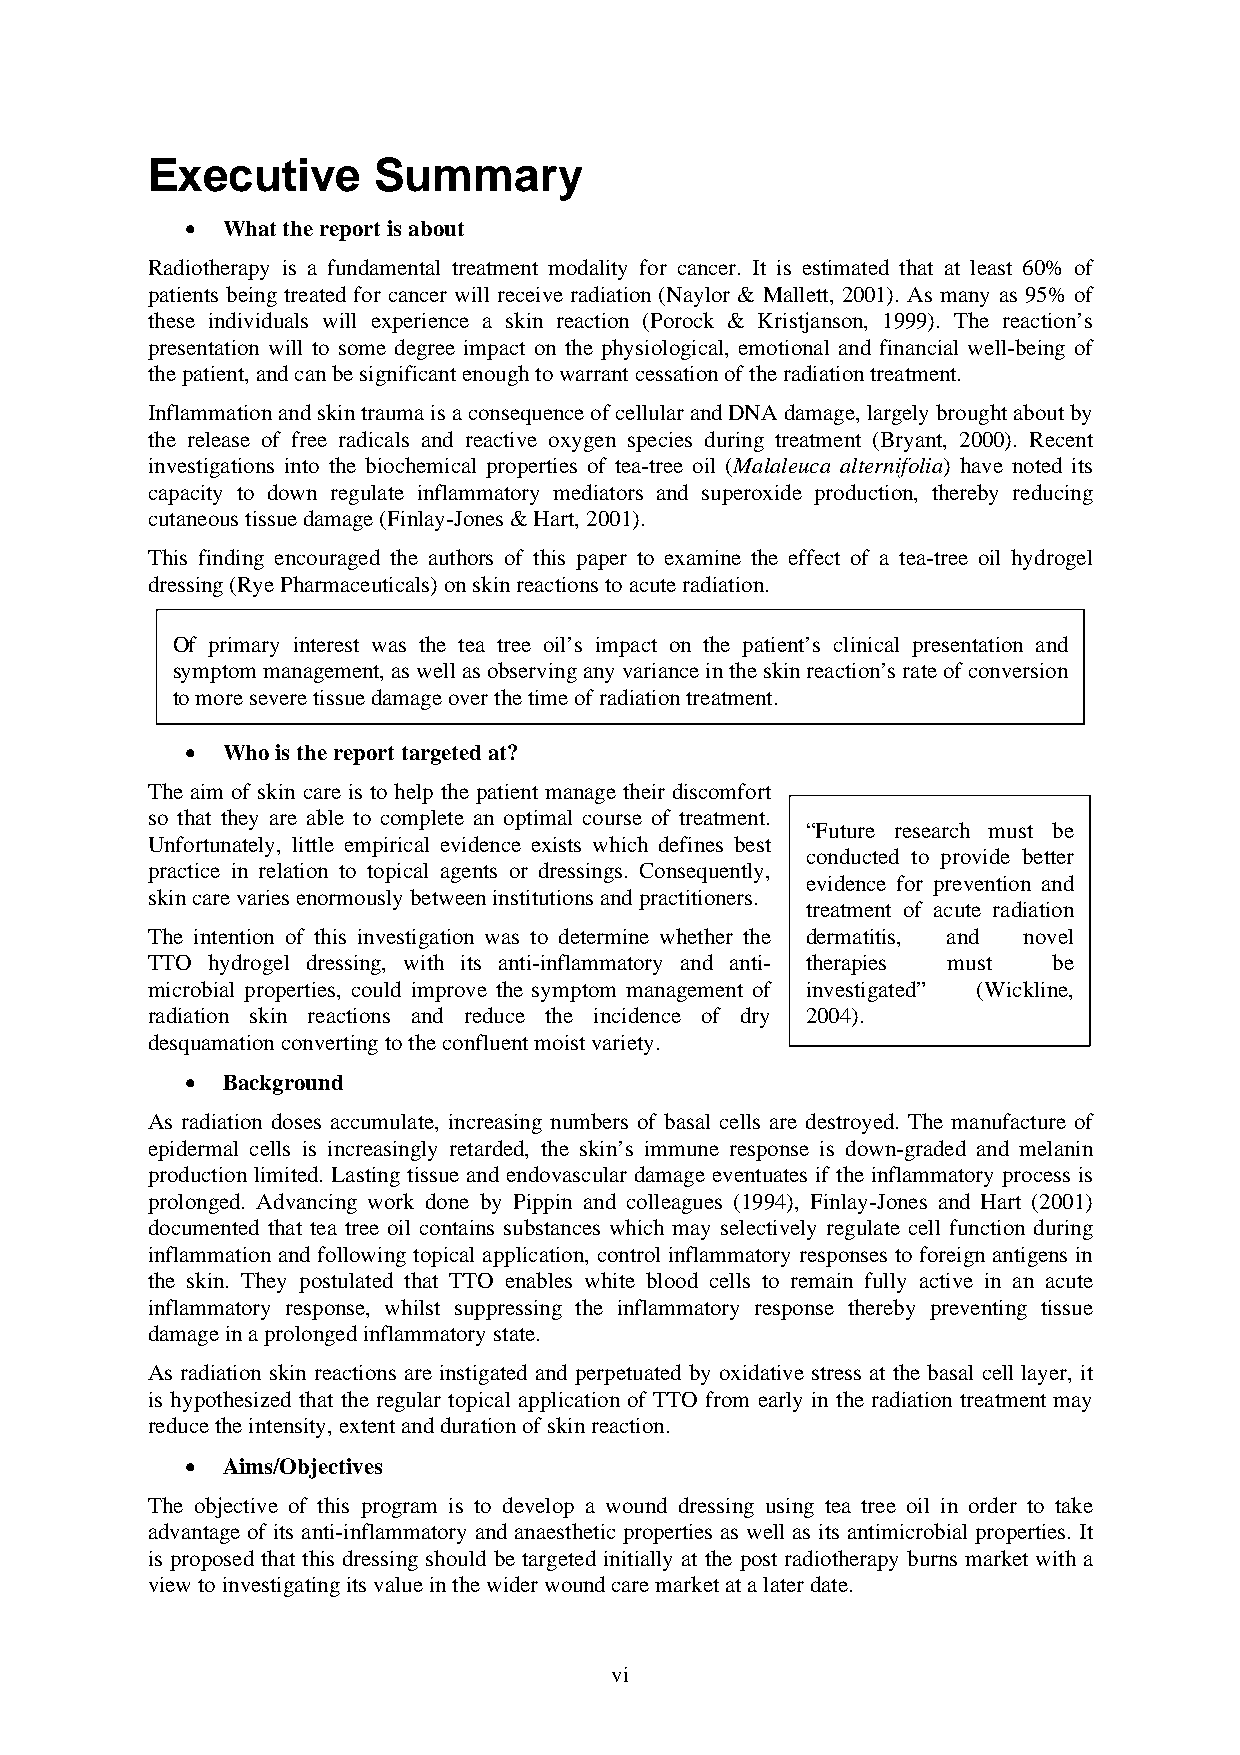
Executive      Summary
 •  What the report is about
 Radiotherapy is a fundamental treatment modality for cancer. It is estimated that at least 60% of
 patients being treated for cancer will receive radiation (Naylor & Mallett, 2001). As many as 95% of
 these individuals will experience a skin reaction (Porock & Kristjanson, 1999). The reaction’s
 presentation will to some degree impact on the physiological, emotional and financial well-being of
 the patient, and can be significant enough to warrant cessation of the radiation treatment.
 Inflammation and skin trauma is a consequence of cellular and DNA damage, largely brought about by
 the release of free radicals and reactive oxygen species during treatment (Bryant, 2000). Recent
 investigations into the biochemical properties of tea-tree oil (Malaleuca alternifolia) have noted its
 capacity to down regulate inflammatory mediators and superoxide production, thereby reducing
 cutaneous tissue damage (Finlay-Jones & Hart, 2001).
 This finding encouraged the authors of this paper to examine the effect of a tea-tree oil hydrogel
 dressing (Rye Pharmaceuticals) on skin reactions to acute radiation.
 Of primary interest was the tea tree oil’s impact on the patient’s clinical presentation and
 symptom management, as well as observing any variance in the skin reaction’s rate of conversion
 to more severe tissue damage over the time of radiation treatment.
 •  Who is the report targeted at?
 The aim of skin care is to help the patient manage their discomfort
 so that they are able to complete an optimal course of treatment.
 “Future research must be
 Unfortunately, little empirical evidence exists which defines best
 conducted to provide better
 practice in relation to topical agents or dressings. Consequently,
 evidence for prevention and
 skin care varies enormously between institutions and practitioners.
 treatment of acute radiation
 The intention of this investigation was to determine whether the dermatitis, and novel
 TTO hydrogel dressing, with its anti-inflammatory and anti- therapies must be
 microbial properties, could improve the symptom management of investigated” (Wickline,
 radiation skin reactions and reduce the incidence of dry 2004).
 desquamation converting to the confluent moist variety.
 •  Background
 As radiation doses accumulate, increasing numbers of basal cells are destroyed. The manufacture of
 epidermal cells is increasingly retarded, the skin’s immune response is down-graded and melanin
 production limited. Lasting tissue and endovascular damage eventuates if the inflammatory process is
 prolonged. Advancing work done by Pippin and colleagues (1994), Finlay-Jones and Hart (2001)
 documented that tea tree oil contains substances which may selectively regulate cell function during
 inflammation and following topical application, control inflammatory responses to foreign antigens in
 the skin. They postulated that TTO enables white blood cells to remain fully active in an acute
 inflammatory response, whilst suppressing the inflammatory response thereby preventing tissue
 damage in a prolonged inflammatory state.
 As radiation skin reactions are instigated and perpetuated by oxidative stress at the basal cell layer, it
 is hypothesized that the regular topical application of TTO from early in the radiation treatment may
 reduce the intensity, extent and duration of skin reaction.
 •  Aims/Objectives
 The objective of this program is to develop a wound dressing using tea tree oil in order to take
 advantage of its anti-inflammatory and anaesthetic properties as well as its antimicrobial properties. It
 is proposed that this dressing should be targeted initially at the post radiotherapy burns market with a
 view to investigating its value in the wider wound care market at a later date.
 vi